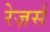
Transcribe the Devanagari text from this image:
रेज़र्स